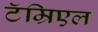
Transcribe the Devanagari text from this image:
टॅम्रिएल